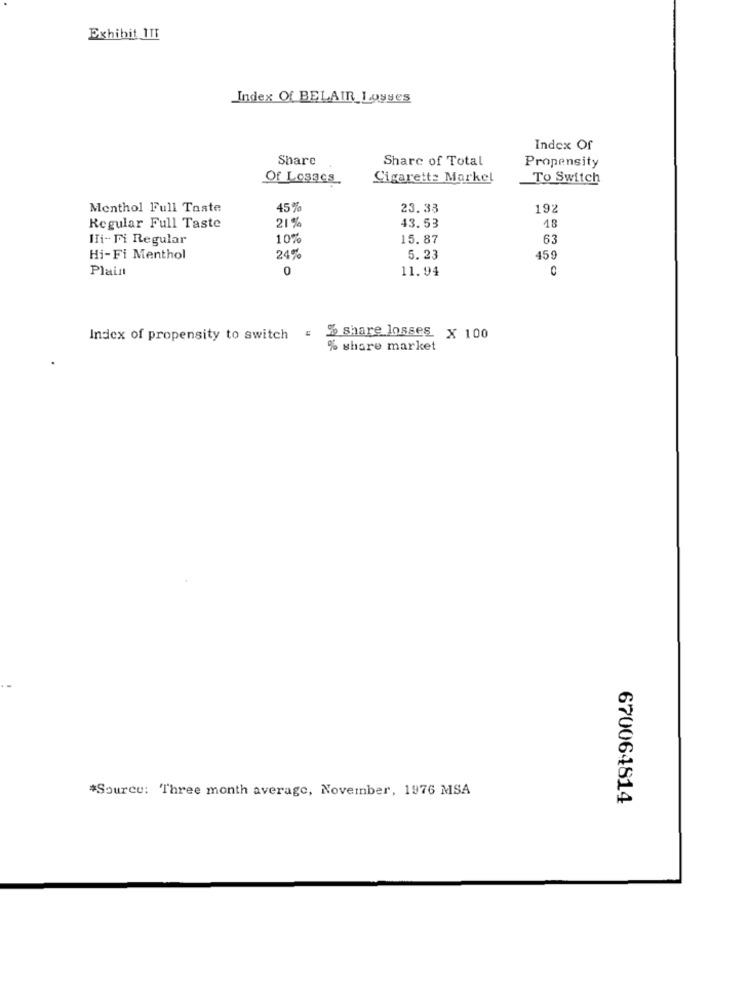
Exhibit ITI
Index Of BELAIR Losses
Index Of
Share
Share of Total
Propensity
Of Losacs.
Cigarette Markel
To Switch
Menthol Full Taste
45%
23.33
192
21 %
43.53
Regular Full Taste
18
ITi- Fi Regular
10%
15.87
63
Hi-Fi Menthol
24%
5.23
45
Plain
0
11.94
Index of propensity to switch = " share losses x 100
% share market
*Source: Three month average, November, 1976 MSA
670064814